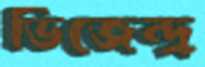
ভিজেন্দ্র